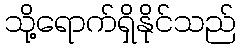
သို့ရောက်ရှိနိုင်သည်